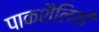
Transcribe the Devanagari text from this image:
पाकशैलियों